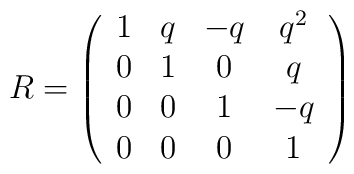
R=\left(\begin{array}{cccc}1&q&-q&q^2\\0&1&0&q\\0&0&1&-q\\0&0&0&1\end{array}      \right)